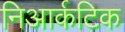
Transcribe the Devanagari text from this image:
निआर्कटिक